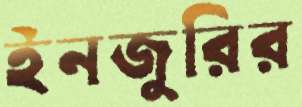
ইনজুরির